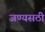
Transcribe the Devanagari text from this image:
जण्यसठी